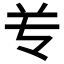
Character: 𰃝